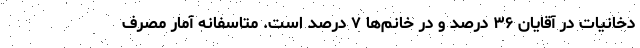
دخانیات در آقایان ۳۶ درصد و در خانم‌ها ۷ درصد است. متاسفانه آمار مصرف